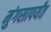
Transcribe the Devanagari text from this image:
मुंगसापर्यंत